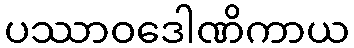
ပဿာဝဒေါဏိကာယ